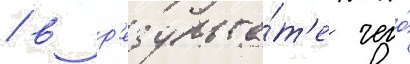
/ в р'езульта́т'е чего́